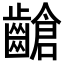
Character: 𪙎